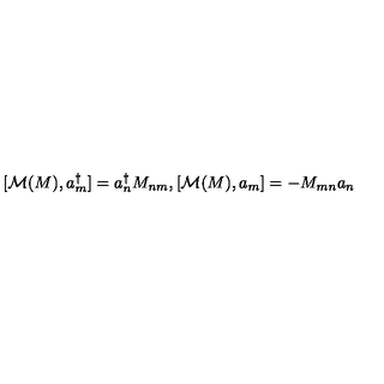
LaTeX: [ { \cal M } ( M ) , a _ { m } ^ { \dagger } ] = a _ { n } ^ { \dagger } M _ { n m } , [ { \cal M } ( M ) , a _ { m } ] = - M _ { m n } a _ { n }